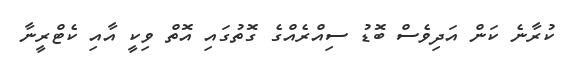
ކުރާނެ ކަން އަދިވެސް ބޮޑު ސިއްރެއްގެ ގޮތުގައި އޮތް ވިކީ އާއި ކެޓްރީނާ